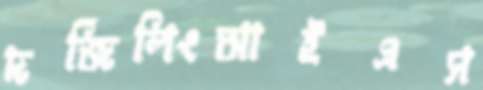
দর্জিলিংআইএস